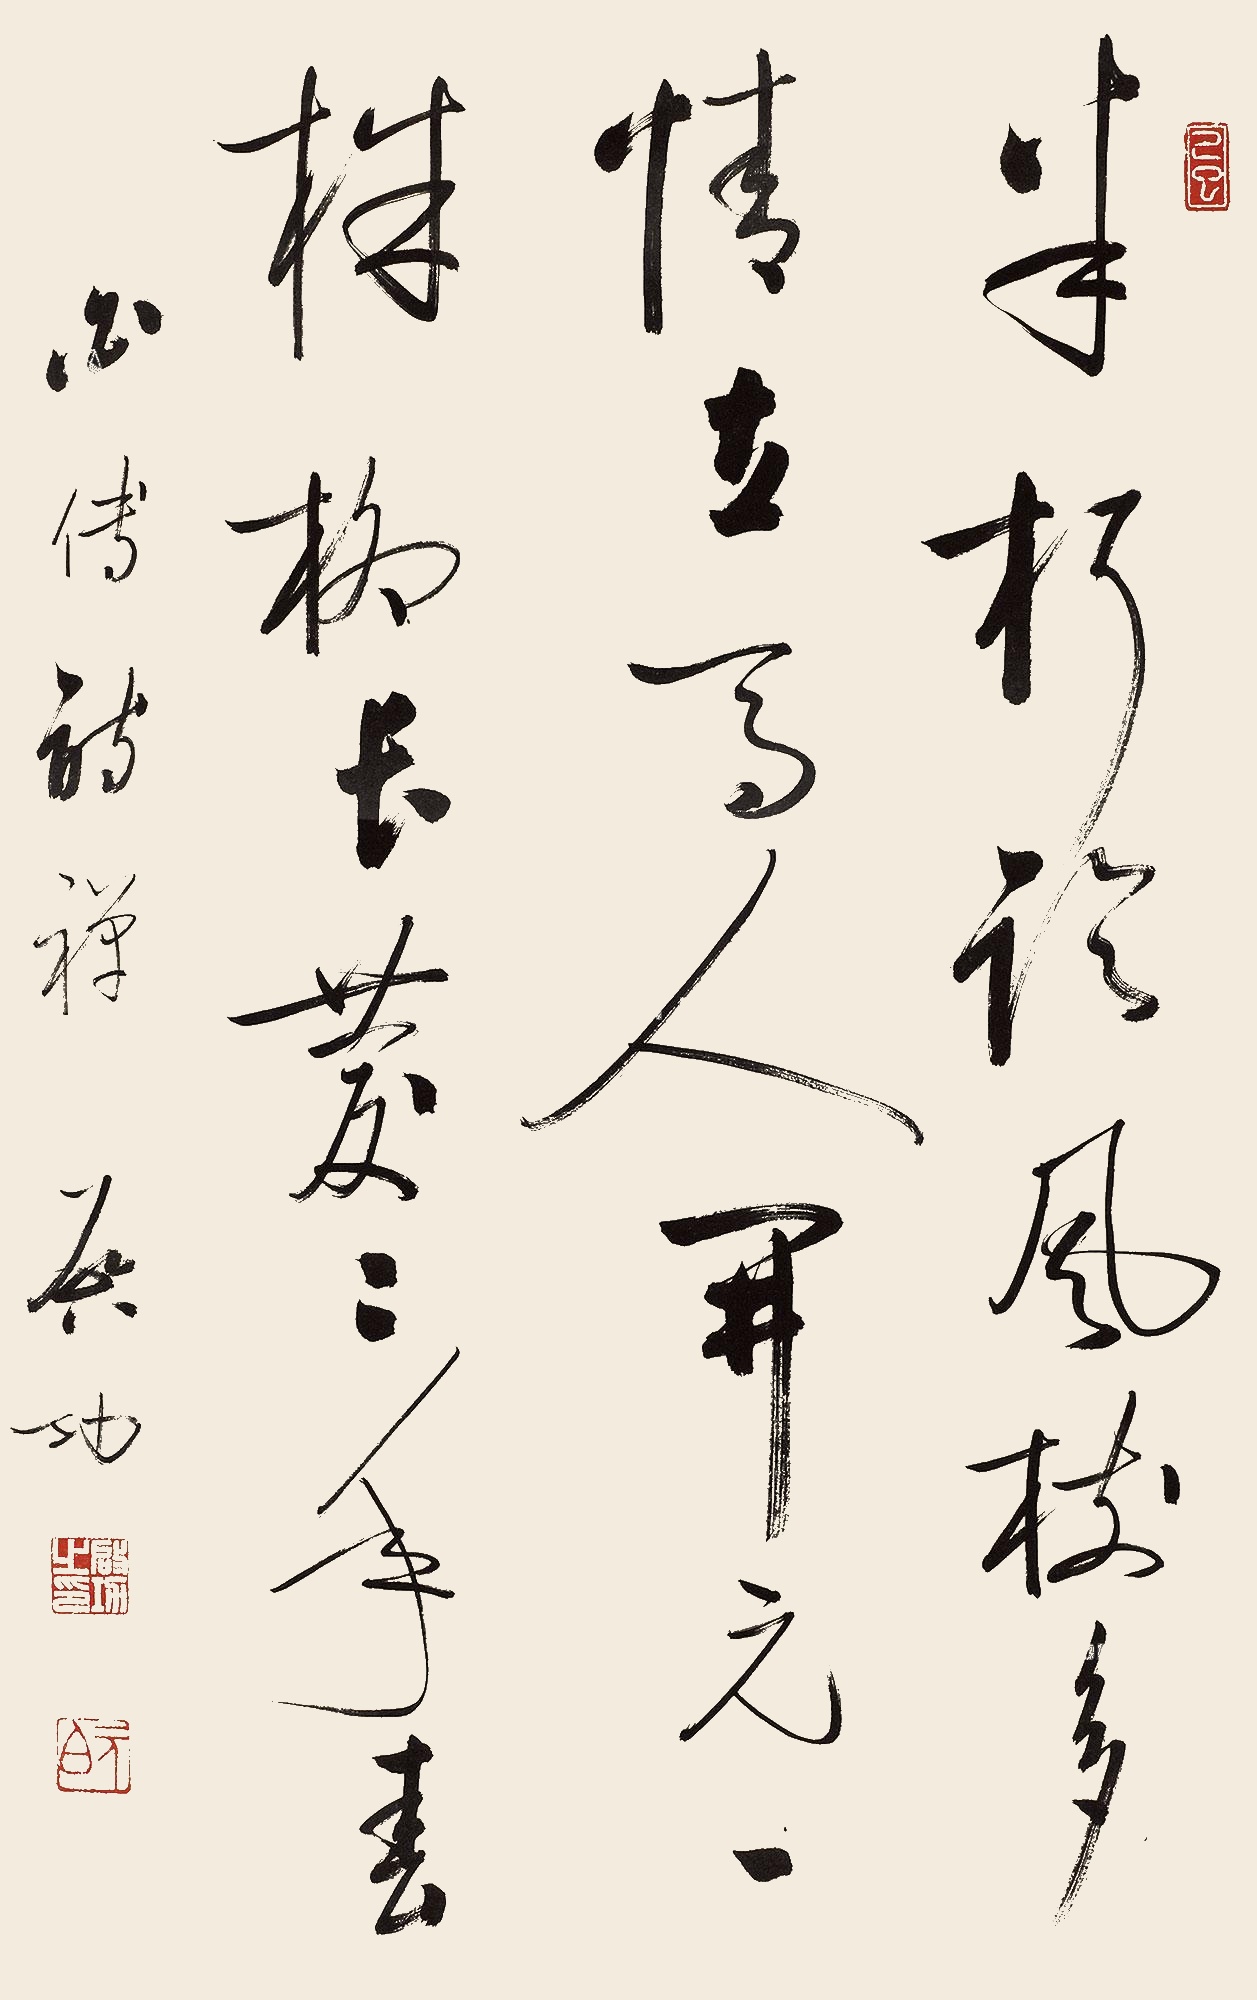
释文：半朽临风树，多情立马人。开元一株柳，长庆二年春。白傅诗禅，启功。